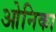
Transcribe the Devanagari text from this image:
ओनिका